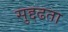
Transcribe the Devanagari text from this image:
सुद्दढता